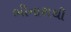
ભીનાશથી